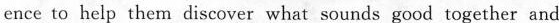
ence to help them discover what sounds good together and